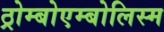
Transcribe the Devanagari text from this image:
ठ्रोम्बोएम्बोलिस्म